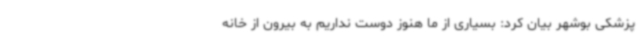
پزشکی بوشهر بیان کرد: بسیاری از ما هنوز دوست نداریم به بیرون از خانه